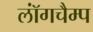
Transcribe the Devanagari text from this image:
लॉंगचैम्प